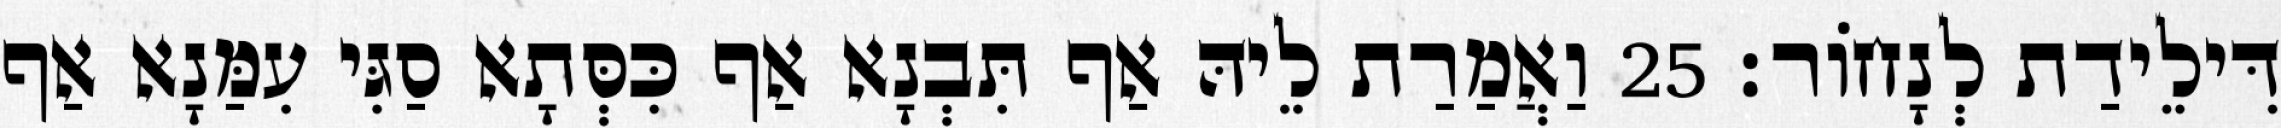
דִּילֵידַת לְנָחוֹר׃ 25 וַאֲמַרַת לֵיהּ אַף תִּבְנָא אַף כִּסְּתָא סַגִּי עִמַּנָא אַף